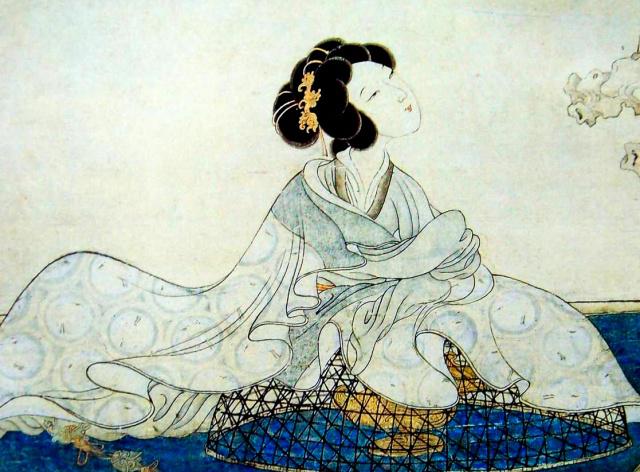
红颜未老恩先断，斜倚薰笼坐到明。